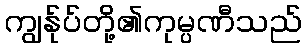
ကျွန်ုပ်တို့၏ကုမ္ပဏီသည်